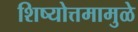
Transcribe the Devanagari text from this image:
शिष्योत्तमामुळे